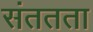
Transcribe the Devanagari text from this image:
संततता